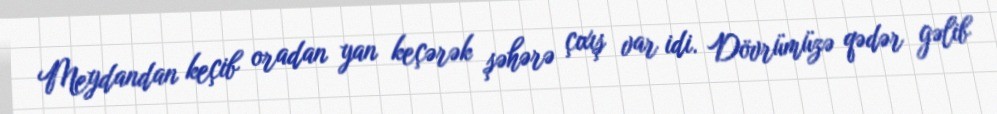
Meydandan keçib oradan yan keçərək şəhərə çıxış var idi. Dövrümüzə qədər gəlib